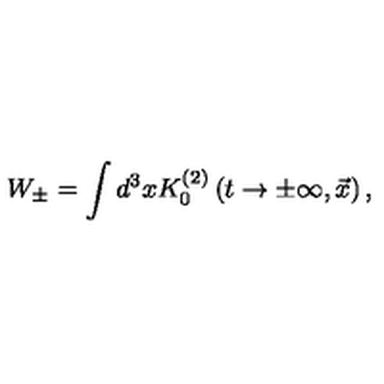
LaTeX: W _ { \pm } = \int d ^ { 3 } x K _ { 0 } ^ { ( 2 ) } \left( t \to \pm \infty , { \vec { x } } \right) ,